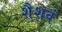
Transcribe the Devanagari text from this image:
शैशवं